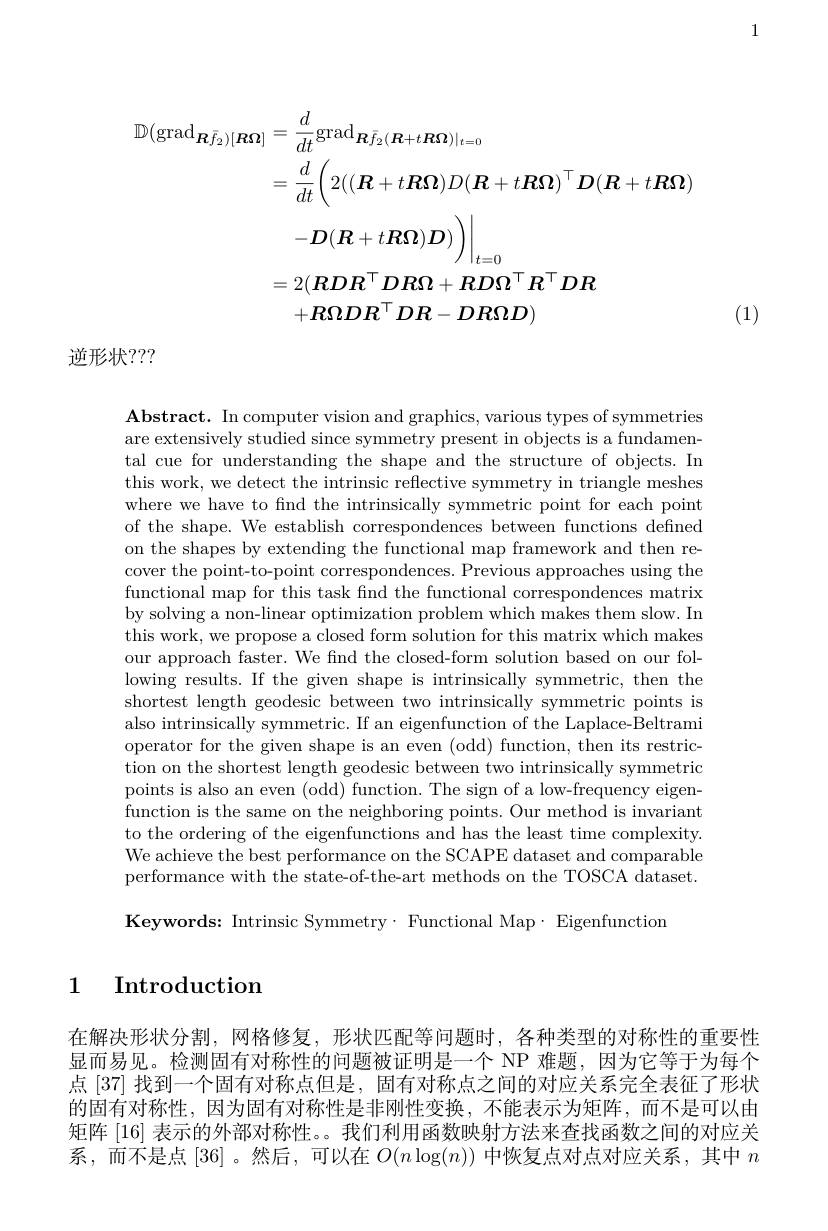
1
$$\begin{aligned}\mathbb{D}(\mathrm{grad}_{\boldsymbol{R}\bar{f}_{2})[\boldsymbol{R}\boldsymbol{\Omega}]}&=\frac{d}{dt}\mathrm{grad}_{\boldsymbol{R}\bar{f}_{2}(\boldsymbol{R}+t\boldsymbol{R}\boldsymbol{\Omega})|_{t=0}}\\&=\frac{d}{dt}\bigg(2((\boldsymbol{R}+t\boldsymbol{R}\boldsymbol{\Omega})D(\boldsymbol{R}+t\boldsymbol{R}\boldsymbol{\Omega})^{\top}\boldsymbol{D}(\boldsymbol{R}+t\boldsymbol{R}\boldsymbol{\Omega})\\&-D(\boldsymbol{R}+t\boldsymbol{R}\boldsymbol{\Omega})\boldsymbol{D})\bigg)\bigg|_{t=0}\\&=2(\boldsymbol{R}\boldsymbol{D}\boldsymbol{R}^{\top}\boldsymbol{D}\boldsymbol{R}\boldsymbol{\Omega}+\boldsymbol{R}\boldsymbol{D}\boldsymbol{\Omega}^{\top}\boldsymbol{R}^{\top}\boldsymbol{D}\boldsymbol{R}\\&+\boldsymbol{R}\boldsymbol{\Omega}\boldsymbol{D}\boldsymbol{R}^{\top}\boldsymbol{D}\boldsymbol{R}-\boldsymbol{D}\boldsymbol{R}\boldsymbol{\Omega}\boldsymbol{D})\end{aligned}$$
(1)

逆形状？??

$\mathbf{Abstract.~In~computer~vision~and~graphics,~various~types~of~symmetries}$ are extensively studied since symmetry present in objects is a fundamental cue for understanding the shape and the structure of objects. In this work, we detect the intrinsic reflective symmetry in triangle meshes where we have to fnd the intrinsically symmetric point for each point of the shape. We establish correspondences between functions defined on the shapes by extending the functional map framework and then recover the point-to-point correspondences. Previous approaches using the functional map for this task find the functional correspondences matrix by solving a non-linear optimization problem which makes them slow. In this work, we propose a closed form solution for this matrix which makes our approach faster. We find the closed-form solution based on our following results. If the given shape is intrinsically symmetric, then the shortest length geodesic between two intrinsically symmetric points is also intrinsically symmetric. If an eigenfunction of the Laplace-Beltrami operator for the given shape is an even (odd) function, then its restriction on the shortest length geodesic between two intrinsically symmetric points is also an even (odd) function. The sign of a low-frequency eigenfunction is the same on the neighboring points. Our method is invariant to the ordering of the eigenfunctions and has the least time complexity. We achieve the best performance on the SCAPE dataset and comparable performance with the state-of-the-art methods on the TOSCA dataset.

Keywords: Intrinsic Symmetry· Functional Map· Eigenfunction

### 1 Introduction

在解决形状分割，网格修复，形状匹配等问题时，各种类型的对称性的重要性显而易见。检测固有对称性的问题被证明是一个 NP 难题，因为它等于为每个点 [37] 找到一个固有对称点但是，固有对称点之间的对应关系完全表征了形状的固有对称性，因为固有对称性是非刚性变换，不能表示为矩阵，而不是可以由矩阵[16]表示的外部对称性。。我们利用函数映射方法来查找函数之间的对应关系，而不是点[36] 。然后，可以在$O(n\log(n))$中恢复点对点对应关系，其中$n$